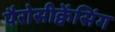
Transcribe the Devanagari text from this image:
पैरोसीक्वेंसिंग